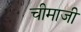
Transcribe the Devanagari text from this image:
चीमाजी